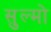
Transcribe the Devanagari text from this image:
सुल्मो